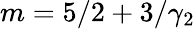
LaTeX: m=5/2+3/\gamma_{2}